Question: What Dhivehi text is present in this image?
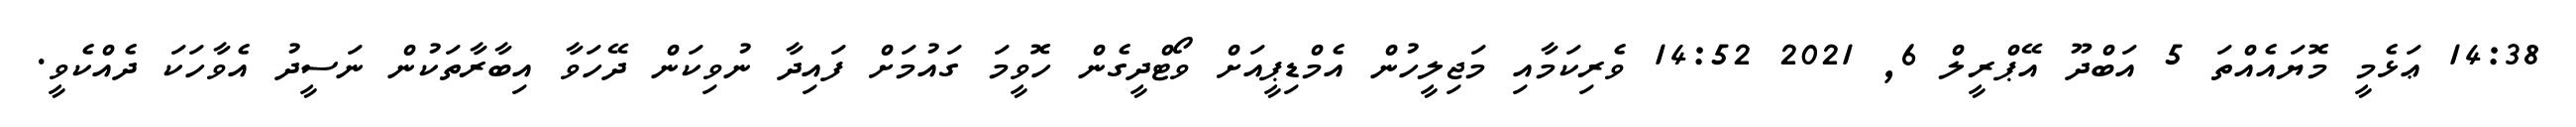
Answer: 14:38 ޢަޅެމީ މޮޔައެއްތަ 5 އަބްދޫ އޭޕްރީލް 6, 2021 14:52 ވެރިކަމާއި މަޖިލީހުން އެމްޑިޕީއަށް ވޯޓްދީގެން ހޮވީމަ ގައުމަށް ފައިދާ ނުވިކަން ދޭހަވާ އިބާރާތަކުން ނަސީދު އެވާހަކަ ދެއްކެވީ.